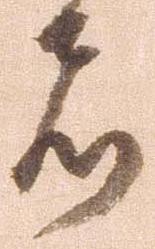
者